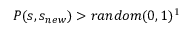
P ( s , s _ { n e w } ) > r a n d o m ( 0 , 1 ) \footnotemark